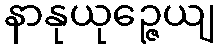
နာနုယုဉ္ဇေယျ